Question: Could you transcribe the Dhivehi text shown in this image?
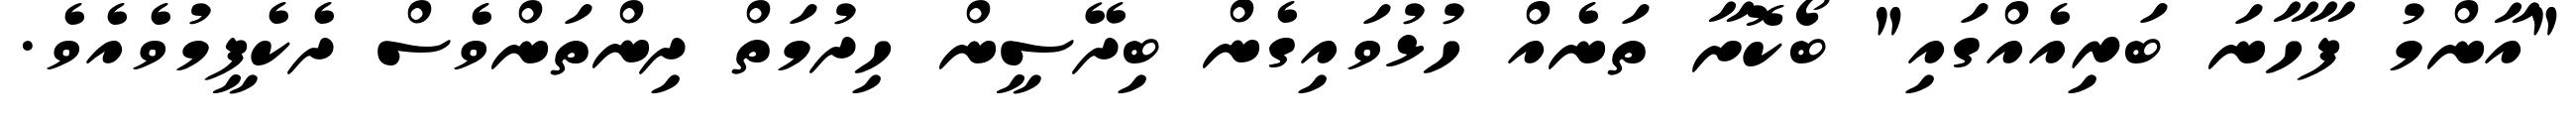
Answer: "އާންމު ފާހާނަ ބަރިއެއްގައި" ބޯކޮށާ ތަނެއް ހުޅުވައިގެން ބިދޭސީން ހިދުމަތް ދިންތަންވެސް ދެކެފީމުވެއެވެ.